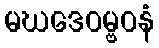
မဃဒေဝမ္ဗဝနံ